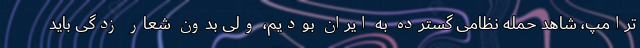
ترامپ، شاهد حمله نظامی گسترده به ایران بودیم، ولی بدون شعار زدگی باید